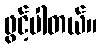
ဖွင့်ပါတယ်။